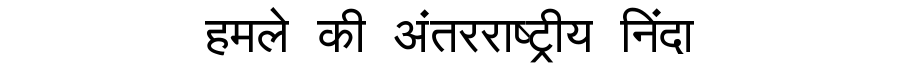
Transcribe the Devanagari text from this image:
हमले की अंतरराष्ट्रीय निंदा